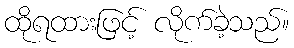
ထိုရထားဖြင့် လိုက်ခဲ့သည်။